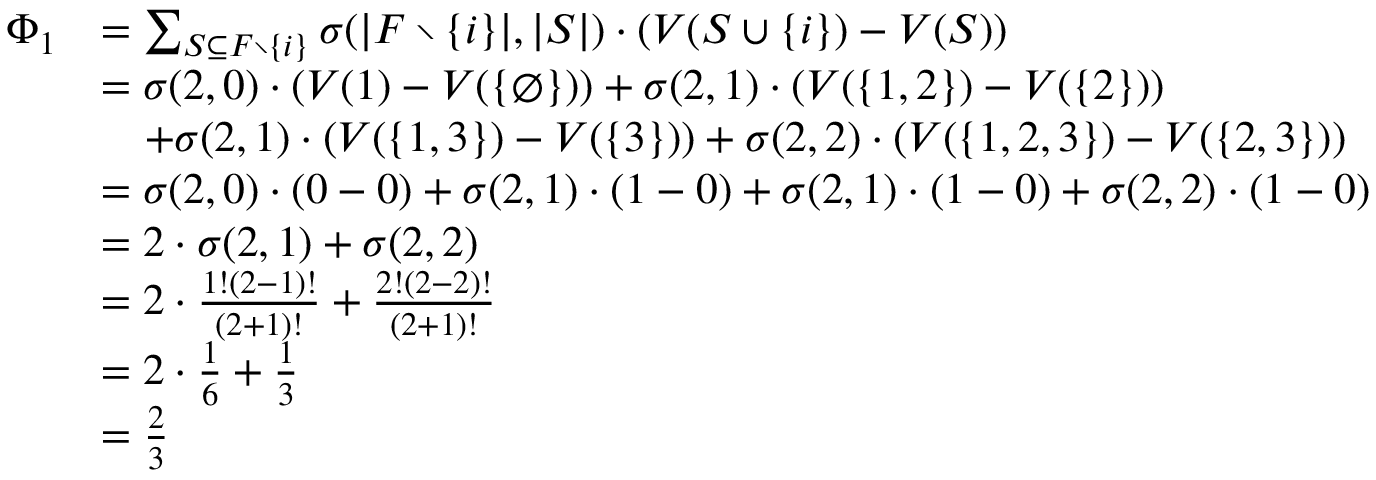
\begin{array} { r l } { \Phi _ { 1 } } & { = \sum _ { S \subseteq F \setminus \{ i \} } \sigma ( \lvert F \setminus \{ i \} \rvert , \lvert S \rvert ) \cdot ( V ( S \cup \{ i \} ) - V ( S ) ) } \\ & { = \sigma ( 2 , 0 ) \cdot ( V ( 1 ) - V ( \{ \emptyset \} ) ) + \sigma ( 2 , 1 ) \cdot ( V ( \{ 1 , 2 \} ) - V ( \{ 2 \} ) ) } \\ & { \quad + \sigma ( 2 , 1 ) \cdot ( V ( \{ 1 , 3 \} ) - V ( \{ 3 \} ) ) + \sigma ( 2 , 2 ) \cdot ( V ( \{ 1 , 2 , 3 \} ) - V ( \{ 2 , 3 \} ) ) } \\ & { = \sigma ( 2 , 0 ) \cdot ( 0 - 0 ) + \sigma ( 2 , 1 ) \cdot ( 1 - 0 ) + \sigma ( 2 , 1 ) \cdot ( 1 - 0 ) + \sigma ( 2 , 2 ) \cdot ( 1 - 0 ) } \\ & { = 2 \cdot \sigma ( 2 , 1 ) + \sigma ( 2 , 2 ) } \\ & { = 2 \cdot \frac { 1 ! ( 2 - 1 ) ! } { ( 2 + 1 ) ! } + \frac { 2 ! ( 2 - 2 ) ! } { ( 2 + 1 ) ! } } \\ & { = 2 \cdot \frac { 1 } { 6 } + \frac { 1 } { 3 } } \\ & { = \frac { 2 } { 3 } } \end{array}